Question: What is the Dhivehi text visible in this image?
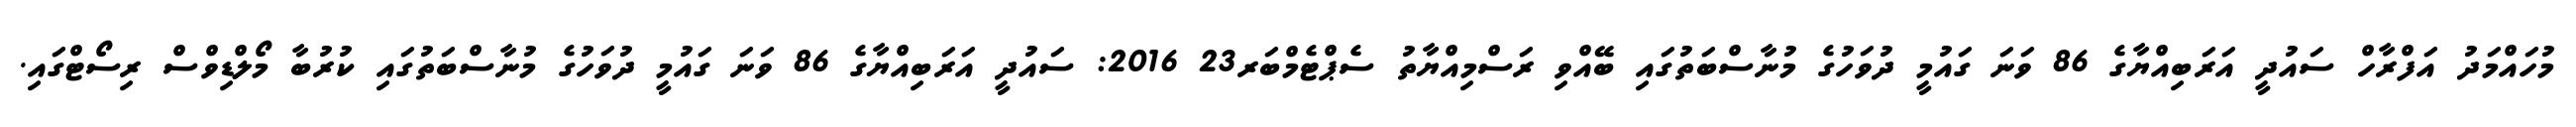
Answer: މުހައްމަދު އަފްރާހް ސައުދީ އަރަބިއްޔާގެ 86 ވަނަ ގައުމީ ދުވަހުގެ މުނާސްބަތުގައި ބޭއްވި ރަސްމިއްޔާތު ސެޕްޓެމްބަރ23 2016: ސައުދީ އަރަބިއްޔާގެ 86 ވަނަ ގައުމީ ދުވަހުގެ މުނާސްބަތުގައި ކުރުބާ މޯލްޑިވްސް ރިސޯޓްގައި.